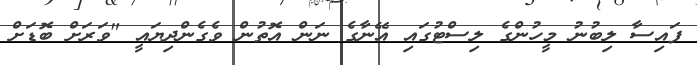
ފައިސާ ލިބުނު މީހުންގެ ލިސްޓުގައި އޭނާގެ ނަން އޮތުން ވެގެންދިޔައީ "ވަރަށް ބޮޑަށް